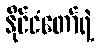
နိုင်ငံတော်ရဲ့